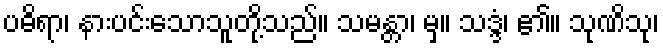
ပဓိရာ၊ နားပင်းသောသူတို့သည်။ သမန္တာ၊ မှ။ သဒ္ဒံ၊ ၏။ သုဏိသု၊